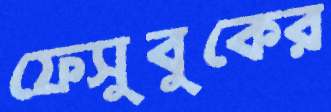
ফেসুবুকের